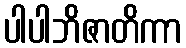
ပါပါဘိဇာတိကာ